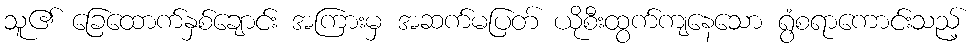
သူ၏ ခြေထောက်နှစ်ချောင်း အကြားမှ အဆက်မပြတ် ယိုစီးထွက်ကျနေသော ရွံစရာကောင်းသည့်